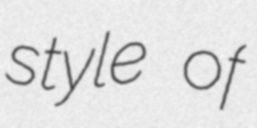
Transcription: style of